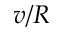
v / R